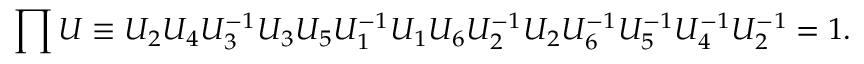
\prod U \equiv U _ { 2 } U _ { 4 } U _ { 3 } ^ { - 1 } U _ { 3 } U _ { 5 } U _ { 1 } ^ { - 1 } U _ { 1 } U _ { 6 } U _ { 2 } ^ { - 1 } U _ { 2 } U _ { 6 } ^ { - 1 } U _ { 5 } ^ { - 1 } U _ { 4 } ^ { - 1 } U _ { 2 } ^ { - 1 } = 1 .